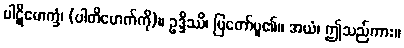
ပါဋိမောက္ခံ၊ (ပါတိမောက်ကို)။ ဥဒ္ဒိဿိ၊ ပြတော်မူ၏။ အယံ၊ ဤသည်ကား။